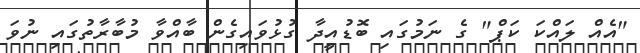
"އެއް ލައްކަ ކަޕް" ގެ ނަމުގައި ބޮޑުއީދާ ގުޅުވައިގެން ބާއްވާ މުބާރާތުގައި ނުވަ